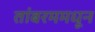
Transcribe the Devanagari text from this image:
तांबरममधून